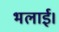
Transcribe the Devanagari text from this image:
भलाई।